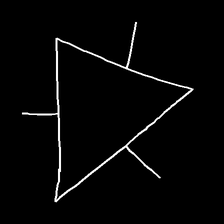
Glyph: fire